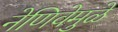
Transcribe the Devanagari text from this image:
नेणिवेमुळे